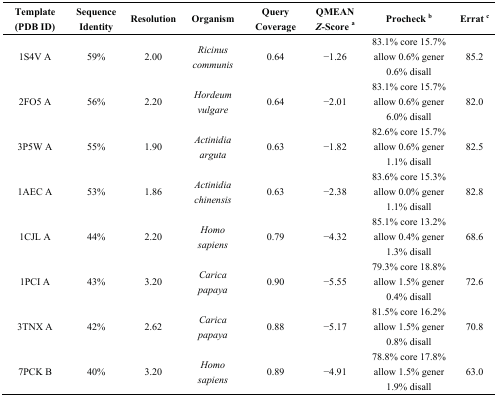
<table><thead><tr><td><b>Template (PDB ID)</b></td><td><b>Sequence Identity</b></td><td><b>Resolution</b></td><td><b>Organism</b></td><td><b>Query Coverage</b></td><td><b>QMEAN<i>Z</i>-Score <sup>a</sup></b></td><td><b>Procheck <sup>b</sup></b></td><td><b>Errat <sup>c</sup></b></td></tr></thead><tbody><tr><td>1S4V A</td><td>59%</td><td>2.00</td><td><i>Ricinus communis</i></td><td>0.64</td><td>−1.26</td><td>83.1% core 15.7% allow 0.6% gener 0.6% disall</td><td>85.2</td></tr><tr><td>2FO5 A</td><td>56%</td><td>2.20</td><td><i>Hordeum vulgare</i></td><td>0.64</td><td>−2.01</td><td>83.1% core 15.7% allow 0.6% gener 6.0% disall</td><td>82.0</td></tr><tr><td>3P5W A</td><td>55%</td><td>1.90</td><td><i>Actinidia arguta</i></td><td>0.63</td><td>−1.82</td><td>82.6% core 15.7% allow 0.6% gener 1.1% disall</td><td>82.5</td></tr><tr><td>1AEC A</td><td>53%</td><td>1.86</td><td><i>Actinidia chinensis</i></td><td>0.63</td><td>−2.38</td><td>83.6% core 15.3% allow 0.0% gener 1.1% disall</td><td>82.8</td></tr><tr><td>1CJL A</td><td>44%</td><td>2.20</td><td><i>Homo sapiens</i></td><td>0.79</td><td>−4.32</td><td>85.1% core 13.2% allow 0.4% gener 1.3% disall</td><td>68.6</td></tr><tr><td>1PCI A</td><td>43%</td><td>3.20</td><td><i>Carica papaya</i></td><td>0.90</td><td>−5.55</td><td>79.3% core 18.8% allow 1.5% gener 0.4% disall</td><td>72.6</td></tr><tr><td>3TNX A</td><td>42%</td><td>2.62</td><td><i>Carica papaya</i></td><td>0.88</td><td>−5.17</td><td>81.5% core 16.2% allow 1.5% gener 0.8% disall</td><td>70.8</td></tr><tr><td>7PCK B</td><td>40%</td><td>3.20</td><td><i>Homo sapiens</i></td><td>0.89</td><td>−4.91</td><td>78.8% core 17.8% allow 1.5% gener 1.9% disall</td><td>63.0</td></tr></tbody></table>